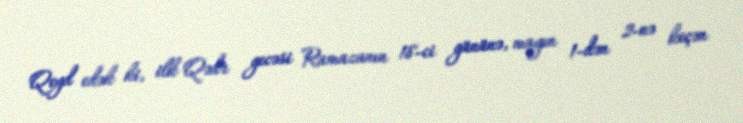
Qeyd edək ki, ilk Qədr gecəsi Ramazanın 18-ci gününə, mayın 1-dən 2-nə keçən